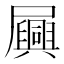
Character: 𫵪